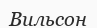
Вильсон